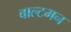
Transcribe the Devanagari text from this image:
वाल्टमन